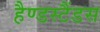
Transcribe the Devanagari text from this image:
हैण्डस्टैंडस